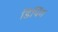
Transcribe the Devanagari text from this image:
डिपिंग